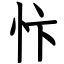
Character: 忭